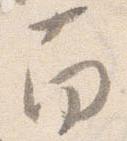
南